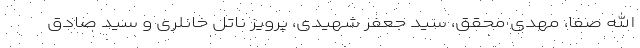
الله صفا، مهدی محقق، سید جعفر شهیدی، پرویز ناتل خانلری و سید صادق